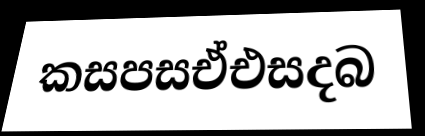
කසපසඒඑසදබ